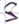
Text: S